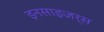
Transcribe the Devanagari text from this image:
इनसाइज़र्स